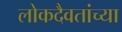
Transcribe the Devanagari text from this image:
लोकदैवतांच्या